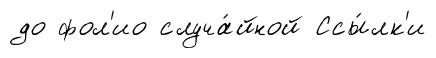
до фол'ио случа́йной Ссы́лк'и